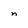
Character: n